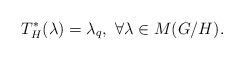
LaTeX: \begin{align*}T_H^*(\lambda)=\lambda_q,\ \forall \lambda\in M(G/H).\end{align*}